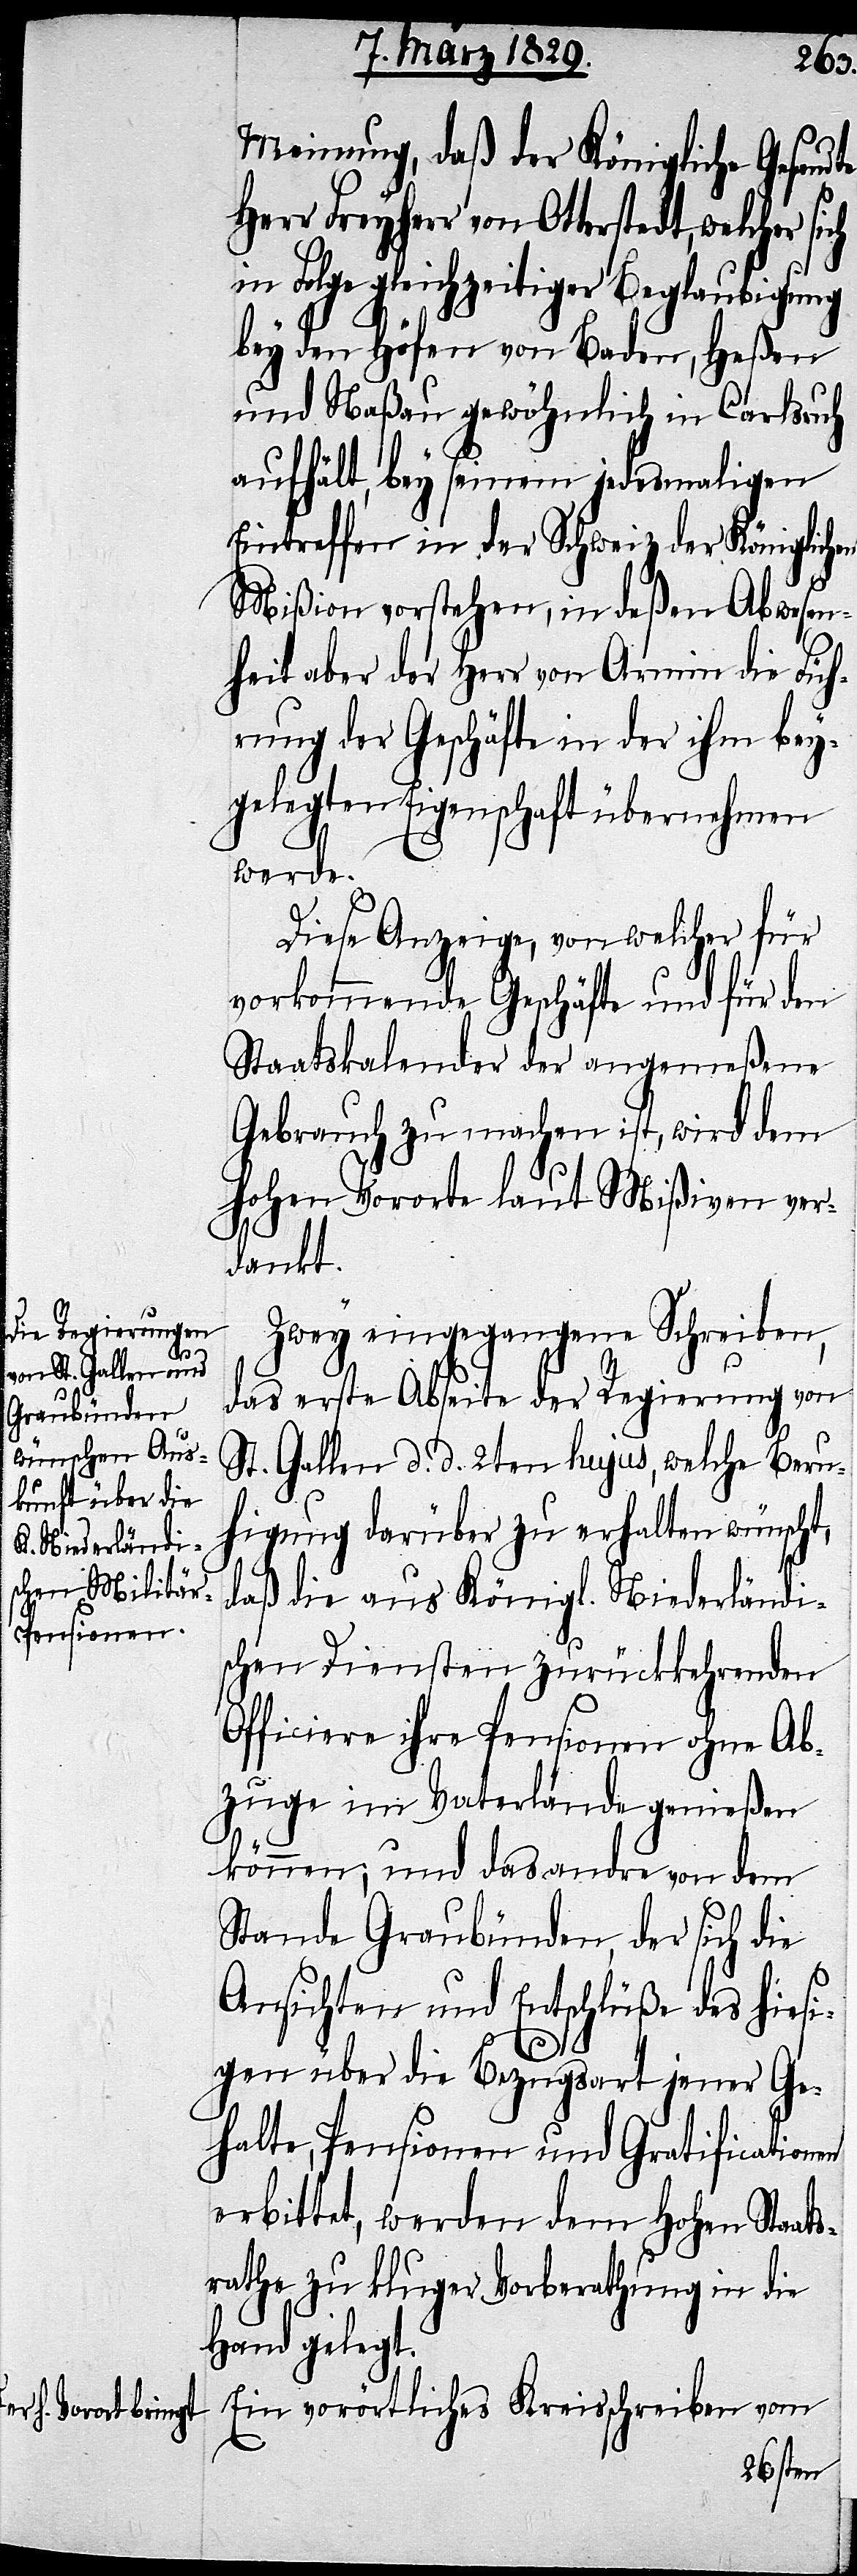
Meinung, daß der Königliche Gesandte
Herr Freyherr von Otterstedt, welcher si¬
in Folge gleichzeitiger Beglaubigung
bey den Höfen von Baden, Heßen
und Naßau gewöhnlich in Carlsruh
aufhält, bey seinem jedesmahligen
Eintreffen in der Schweiz der Königlichen
Mißion vorstehen, in deßen Abwesen¬
heit aber der Herr von Armin die Füh¬
rung der Geschäfte in der ihm bey¬
gelegten Eigenschaft übernehmen
werde.
Diese Anzeige, von welcher für
vorkommende Geschäfte und für den
Staatskalender der angemeßene
Gebrauch zu machen ist, wird dem
hohen Vororte laut Mißiven ver¬
dankt.
Zwey eingegangene Schreiben,
das erste Abseite der Regierung von
St. Gallen d. d. 2ten hujus, welche Beru¬
higung darüber zu erhalten wünscht,
daß die aus Königl. Niederländi¬
schen Diensten zurückkehrenden
Officiere ihre Pensionen ohne Ab¬
zuge im Vaterlande genießen
können; und das andre von dem
Stande Graubünden, der sich die
Ansichten und Entschlüße des hiesi¬
ch
gen über die Bezugsart jener Ge¬
halte, Pensionen und Gratificationen
erbittet, werden dem Hohen Staat¬
srathe zu kluger Vorberathung in die
Hand gelegt.
Ein vorörtliches Kreisschreiben vom